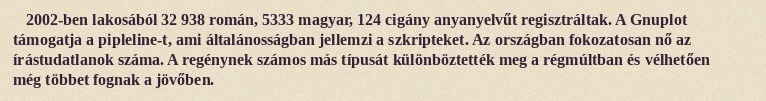
2002-ben lakosából 32 938 román, 5333 magyar, 124 cigány anyanyelvűt regisztráltak. A Gnuplot támogatja a pipleline-t, ami általánosságban jellemzi a szkripteket. Az országban fokozatosan nő az írástudatlanok száma. A regénynek számos más típusát különböztették meg a régmúltban és vélhetően még többet fognak a jövőben.